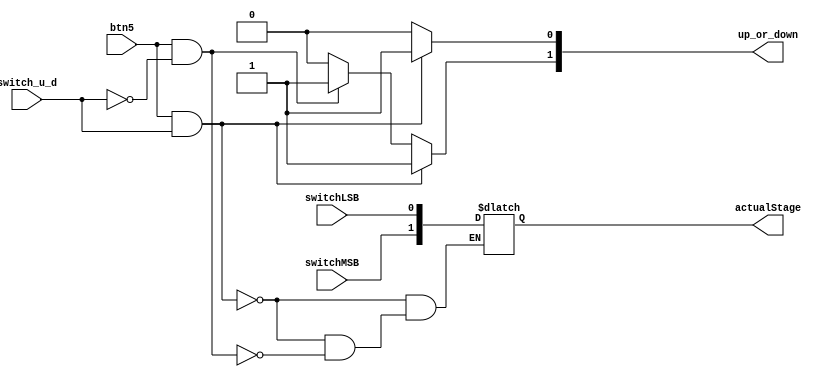
`timescale 1ns / 1ps
//////////////////////////////////////////////////////////////////////////////////
// Company: 
// Engineer: 
// 
// Design Name: 
// Module Name:    up_down_button 
// Project Name: 
// Target Devices: 
// Tool versions: 
// Description: 
//
// Dependencies: 
//
// Revision: 
// Revision 0.01 - File Created
// Additional Comments: 
//
//////////////////////////////////////////////////////////////////////////////////

module up_down_button(
    input btn5,
	 input switchLSB,
	 input switchMSB,
    input switch_u_d,
    output [1:0] up_or_down,
	 output [1:0] actualStage
    );
	 
	 
	 reg reg_btn5;
	 reg reg_switch;
	 reg reg_switchLSB;
	 reg reg_switchMSB;
	 reg [1:0] reg_out;
	 reg [1:0] reg_actual_stage;
	 always@(*)begin
		reg_btn5 = btn5;
		reg_switch = switch_u_d;
		reg_switchLSB = switchLSB;
		reg_switchMSB = switchMSB;
		if ((reg_btn5 == 1) & (reg_switch == 1)) //Condicion para subir 11
			begin
				reg_actual_stage[1] = reg_switchMSB;///////
				reg_actual_stage[0] = reg_switchLSB;
				reg_out[1] = 1;
				reg_out[0] = 1;
			end
		else if ((reg_btn5 == 1) & (reg_switch == 0))//Condicion para bajar 10
			begin
				reg_actual_stage[1] = reg_switchMSB;///////
				reg_actual_stage[0] = reg_switchLSB;
				reg_out[1] = 1;
				reg_out[0] = 0;
			end
		else 
			begin // Permanece donde esta 00
				reg_out[1] = 0;
				reg_out[0] = 0;
			end
	end
	 
	 
	 assign up_or_down = reg_out;
	 assign actualStage = reg_actual_stage;


endmodule